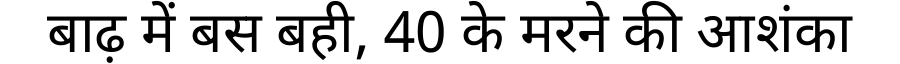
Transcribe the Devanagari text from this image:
बाढ़ में बस बही, 40 के मरने की आशंका